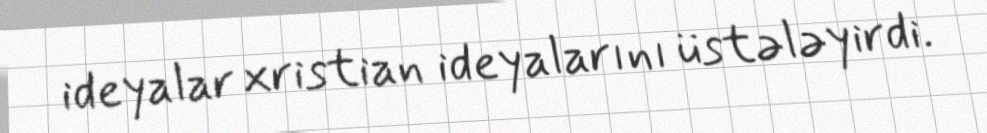
ideyalar xristian ideyalarını üstələyirdi.